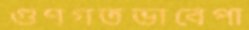
গুণগতভাবেপা